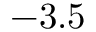
- 3 . 5